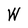
Character: W